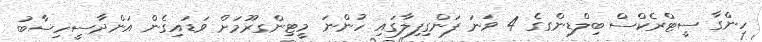
ހިންގާ ސީޓްރެކްސް ބިލްޑިންގގެ 4 ވަނަ ފަންގިފިލާގައި ހުންނަ މީޓިންގރޫމަށް ވަޑައިގެން އަންދާސީހިސާބު